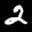
Label: 2